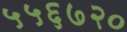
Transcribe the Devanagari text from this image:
५५६७२०